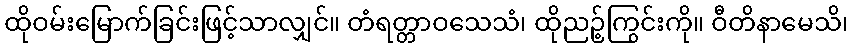
ထိုဝမ်းမြောက်ခြင်းဖြင့်သာလျှင်။ တံရတ္တာဝသေသံ၊ ထိုညဉ့်ကြွင်းကို။ ဝီတိနာမေသိ၊